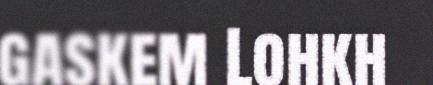
gaskem Lohkh